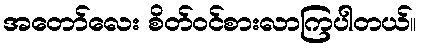
အတော်လေး စိတ်ဝင်စားလာကြပါတယ်။